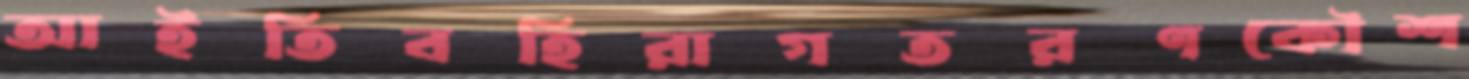
আইতিবহিরাগতরণকৌশ